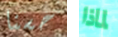
حسنا لماذا